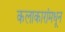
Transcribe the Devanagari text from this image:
कलाकारांमधून